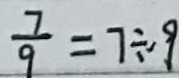
\frac { 7 } { 9 } = 7 \div 9